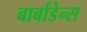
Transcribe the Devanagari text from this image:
बार्बाडेन्स